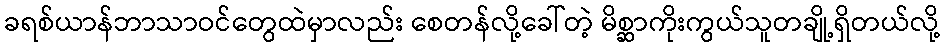
ခရစ်ယာန်ဘာသာဝင်တွေထဲမှာလည်း စေတန်လို့ခေါ်တဲ့ မိစ္ဆာကိုးကွယ်သူတချို့ရှိတယ်လို့